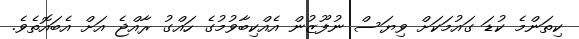
ކިތަންމެ ކުޑަ ގައުމަކަށް ވިޔަސް ނުފޫޒުން އެއްކިބާވުމުގެ ހައްގު ރާއްޖެ އަށް އެބައޮތެވެ.